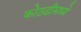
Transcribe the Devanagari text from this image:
कोठडीमध्ये